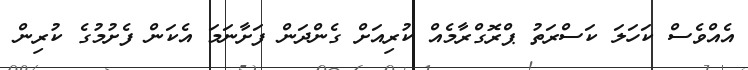
އެއްވެސް ކަހަލަ ކަސްރަތު ޕްރޮގްރާމެއް ކުރިއަށް ގެންދަން ފަށާނަމަ އެކަން ފެށުމުގެ ކުރިން